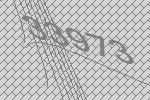
33973